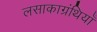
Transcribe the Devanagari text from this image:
लसाकाग्रंथियाँ